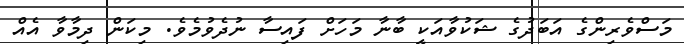
މަސްވެރިންގެ އަބަދުގެ ޝަކުވާއަކީ ބާނާ މަހަށް ފައިސާ ނުދެވުމެވެ. މިކަން ދިމާވާ އެއް